Indian journal of veterinary science and animal husbandry - Volume 3,
Year: 1933
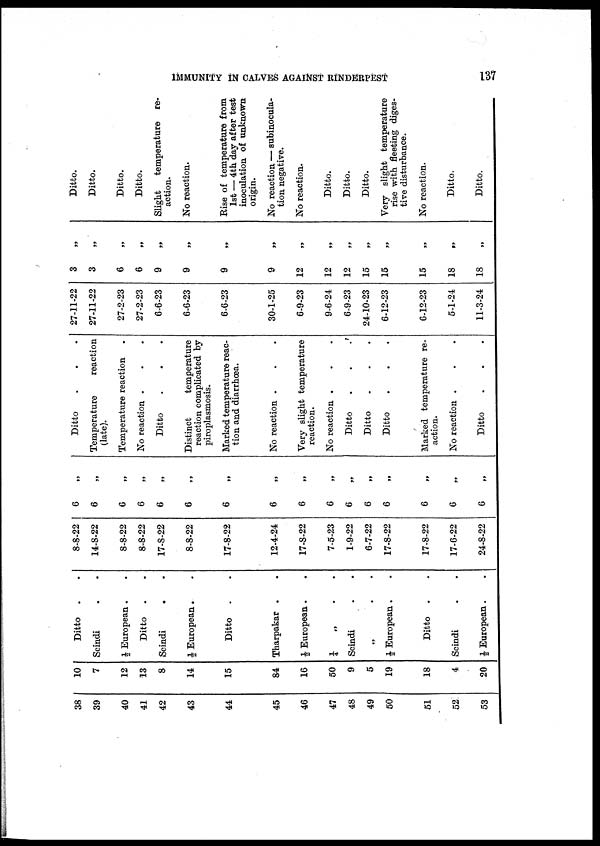
IMMUNITY IN CALVES AGAINST RINDERPEST
137
38
39
40
41
42
43
44
45
46
47
48
49
50
51
52
53
10
7
12
13
8
14
15
84
16
50
9
5
19
18
4
20
Ditto . .
Scindi . .
½ European . .
Ditto . .
Scindi . .
½ European . .
Ditto . .
Tharpakar . .
½ European . .
¼ „ . .
Scindi . .
„ . .
½ European . .
Ditto . .
Scindi . .
½ European . .
8-8-22
14-8-22
8-8-22
8-8-22
17-8-22
8-8-22
17-8-22
12-4-24
17-8-22
7-5-23
1-9-22
6-7-22
17-8-22
17-8-22
17-6-22
24-8-22
6 „
6
„
6 „
6
„
6 „
6
„
6
„
6
„
6
„
6
„
6
„
6
„
6 „
6 „
6 „
6
„
Ditto . . .
Temperature
reaction
(late).
Temperature reaction .
No reaction . . .
Ditto . . .
Distinct
temperature
reaction complicated by
Piroplasmosis.
Marked temperature reac-
tion and diarrhœa.
No reaction . . .
Very slight temperature
reaction.
No reaction . . .
Ditto . . .
Ditto . . .
Ditto . . .
Marked temperature re-
action.
No reaction . . .
Ditto . . .
27-11-22
27-11-22
27-2-23
27-2-23
6-6-23
6-6-23
6-6-23
30-1-25
6-9-23
9-6-24
6-9-23
24-10-23
6-12-23
6-12-23
5-1-24
11-3-24
3
„
3
„
6
„
6
„
9
„
9
„
9
„
9
„
12
„
12
„
12
„
15
„
15
„
15
„
18
„
18
„
Ditto.
Ditto.
Ditto.
Ditto.
Slight temperature re-
action.
No reaction.
Rise of temperature from
1st — 4th day after test
inoculation of unknown
origin.
No reaction — subinocula¬
tion negative.
No reaction.
Ditto.
Ditto.
Ditto.
Very slight temperature
rise with fleeting diges-
tive disturbance.
No reaction.
Ditto.
Ditto.